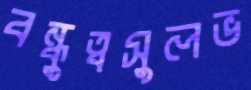
বন্ধুত্বসুলভ